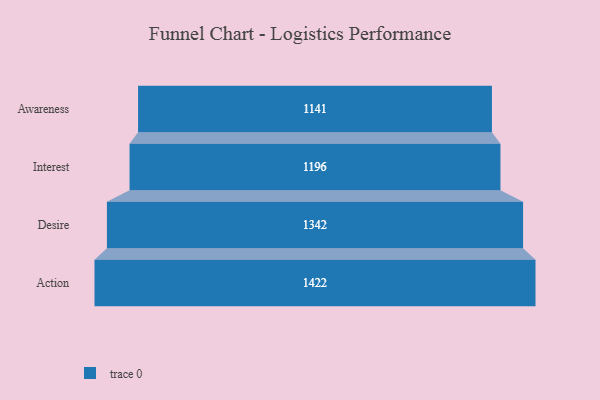
{"axis": {"x": "Stage", "y": "Value"}, "legend": [""], "data": [{"x": "Awareness", "y": 1141.0, "type": ""}, {"x": "Interest", "y": 1196.0, "type": ""}, {"x": "Desire", "y": 1342.0, "type": ""}, {"x": "Action", "y": 1422.0, "type": ""}]}